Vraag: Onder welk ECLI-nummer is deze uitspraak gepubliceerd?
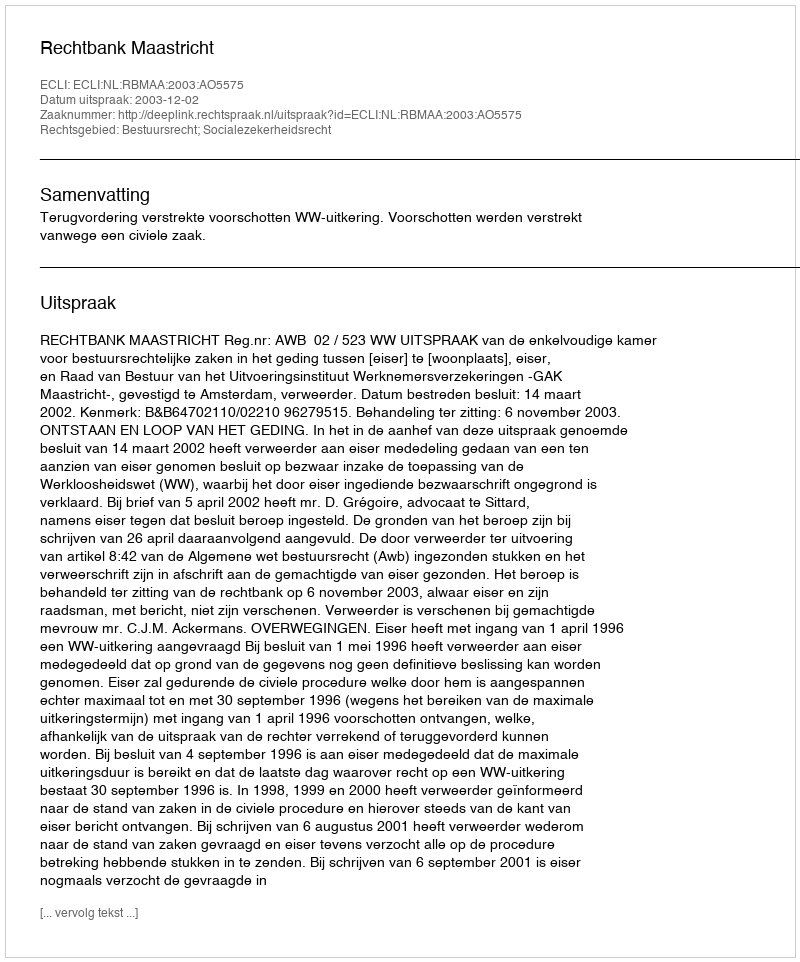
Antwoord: ECLI:NL:RBMAA:2003:AO5575